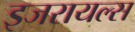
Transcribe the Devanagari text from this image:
इजरायल्स